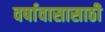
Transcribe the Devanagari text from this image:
वर्षावासासाठी